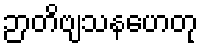
ဉာတိဗျသနဟေတု